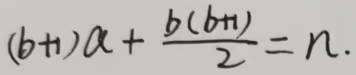
$(b + 1)a+\frac{b(b + 1)}{2}=n.$